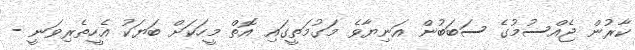
ކާރުން ޖެއްސުމުގެ ސަބަބުން އަނިޔާވެ މަގުމަތީގައި އޮތް މީހަކަށް ބަޔަކު އެހީތެރިވަނީ -